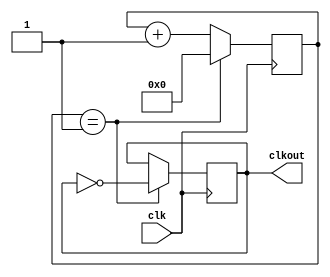
`timescale 1ns / 1ps
//////////////////////////////////////////////////////////////////////////////////
// Company: 
// Engineer: 
// 
// Design Name: 
// Module Name: div_clk
// Project Name: 
// Target Devices: 
// Tool Versions: 
// Description: 
// 
// Dependencies: 
// 
// Revision:
// Revision 0.01 - File Created
// Additional Comments:
// 
//////////////////////////////////////////////////////////////////////////////////


module div_clk (
    input clk,
    output reg clkout
    );
    
    reg [27:0] count;
    
    initial
    begin
        clkout<=0;
        count<=0;
    end
    
    always@(posedge clk)
    begin
        if(count==28'd1)
        begin
            count<=0;
            clkout<=~clkout;
        end
        else count<=count+1;
    end
        
 
                     
endmodule